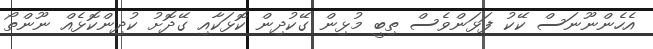
އެހެންނޫނަސް ކޭކު ފަޅަންވެސް ތިބީ މުޅިން ގޭކުދިން ކޮޅަކާއި ގޭދޮށު ކުދިންކޮޅެއް ނޫންތޯ